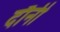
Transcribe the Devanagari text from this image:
दौनी